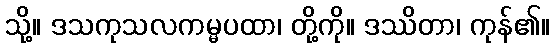
သို့။ ဒသကုသလကမ္မပထာ၊ တို့ကို။ ဒဿိတာ၊ ကုန်၏။